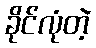
ခိုင်လုံတဲ့